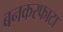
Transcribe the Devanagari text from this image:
बनकरफाटा